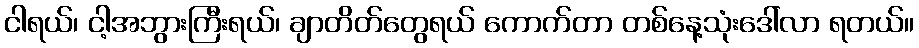
ငါရယ်၊ ငါ့အဘွားကြီးရယ်၊ ချာတိတ်တွေရယ် ကောက်တာ တစ်နေ့သုံးဒေါ်လာ ရတယ်။